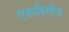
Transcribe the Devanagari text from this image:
एकबिमीय